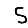
Digit: 5